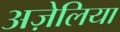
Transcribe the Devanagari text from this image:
अज़ेलिया